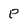
Character: p